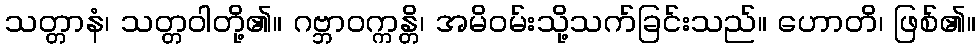
သတ္တာနံ၊ သတ္တဝါတို့၏။ ဂဗ္ဘာဝက္ကန္တိ၊ အမိဝမ်းသို့သက်ခြင်းသည်။ ဟောတိ၊ ဖြစ်၏။